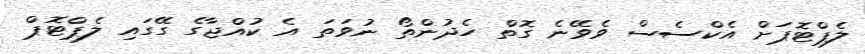
ލެޕްޓޮޕަށް އެކްސެސް ވެވޭނެ ގޮތް ހެދުންތޯ ނުވަތަ އެ ކުއްޖާގެ ގޭގައި ލެޕްޓޮޕް